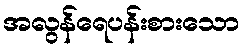
အလွန်ရေပန်းစားသော